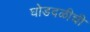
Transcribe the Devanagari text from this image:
घोडदळीची